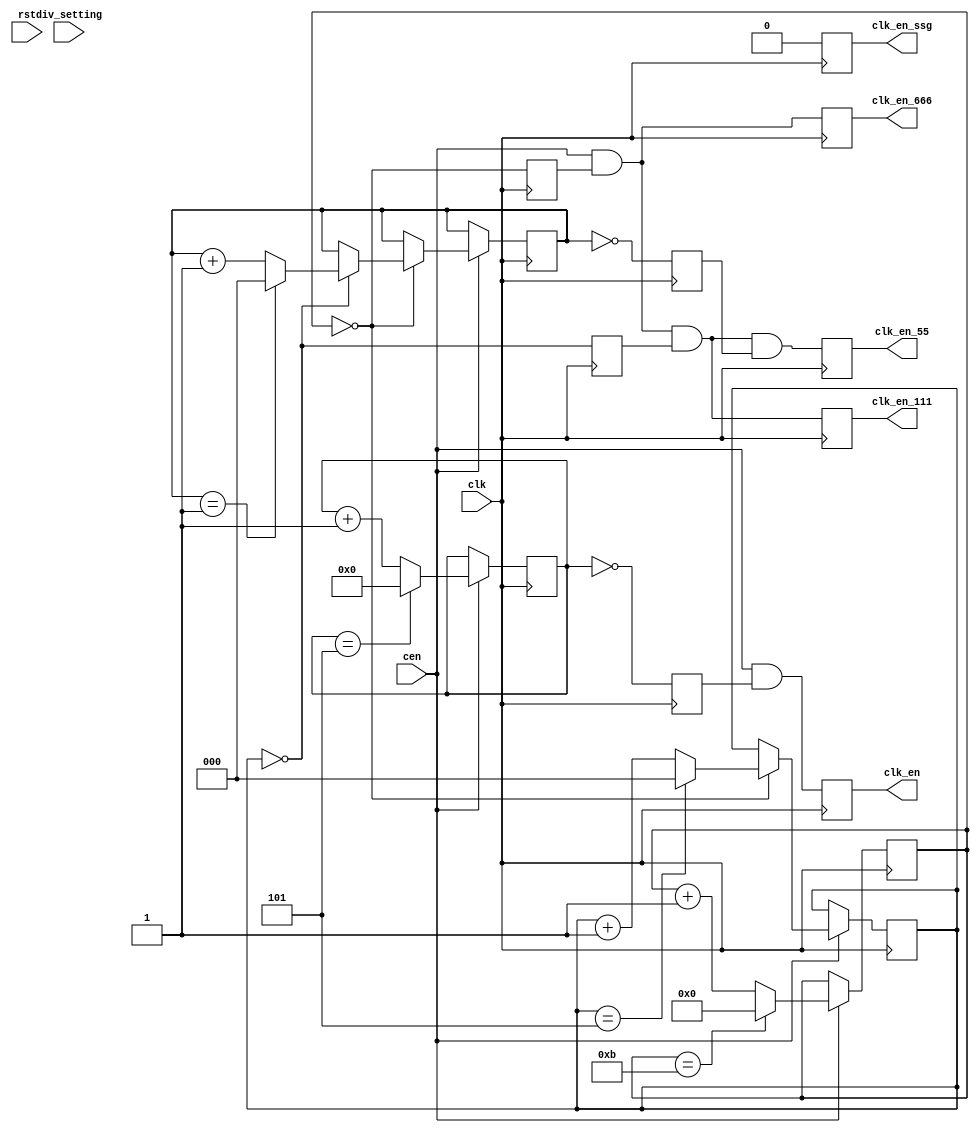
module jt12_div(
    input           rst,
    input           clk,
    input           cen,
    input   [1:0]   div_setting,
    output  reg     clk_en,
    output  reg     clk_en_ssg,
    output  reg     clk_en_666,  // 666 kHz
    output  reg     clk_en_111,  // 111
    output  reg     clk_en_55         //  55
);

parameter use_ssg=0, num_ch=6;

reg [3:0] opn_pres, opn_cnt=4'd0;
reg [2:0] ssg_pres, ssg_cnt=3'd0;
reg [4:0] adpcm_cnt666  = 5'd0;
reg [2:0] adpcm_cnt111 = 3'd0, adpcm_cnt55=3'd0;
reg cen_int, cen_ssg_int, cen_adpcm_int, cen_adpcm3_int;

always @(*)
    if( num_ch==6 ) begin
        opn_pres = 4'd5;
        ssg_pres = 3'd3; // unused, really
    end
    else
    casez( div_setting )
        2'b0?: { opn_pres, ssg_pres } = { 4'd2-4'd1, 3'd0 }; // 2
        2'b10: { opn_pres, ssg_pres } = { 4'd6-4'd1, 3'd3 }; // 6 - Default for YM2608
        2'b11: { opn_pres, ssg_pres } = { 4'd3-4'd1, 3'd1 }; // 3 - Default for YM2203
    endcase // div_setting

`ifdef SIMULATION
initial clk_en_666 = 1'b0;
`endif

reg cen_55_int;

always @(negedge clk) begin
    cen_int        <= opn_cnt    == 4'd0;
    cen_ssg_int    <= ssg_cnt    == 3'd0;
    cen_adpcm_int  <= adpcm_cnt666  == 5'd0;
    cen_adpcm3_int <= adpcm_cnt111 == 3'd0;
    cen_55_int     <= adpcm_cnt55== 3'd0;
    `ifdef FASTDIV
    // always enabled for fast sims (use with GYM output, timer will not work well)
    clk_en <= 1'b1;
    clk_en_ssg <= 1'b1;
    clk_en_666 <= 1'b1;
    clk_en_55    <= 1'b1;
    `else
    clk_en     <= cen & cen_int;   
    clk_en_ssg <= use_ssg ? (cen & cen_ssg_int) : 1'b0;
    clk_en_666 <= cen & cen_adpcm_int; 
    clk_en_111 <= cen & cen_adpcm_int & cen_adpcm3_int; 
    clk_en_55  <= cen & cen_adpcm_int & cen_adpcm3_int & cen_55_int;
    `endif
end


// OPN
always @(posedge clk)
    if( cen ) begin
        if( opn_cnt == opn_pres ) begin
            opn_cnt <= 4'd0;  
        end
        else opn_cnt <= opn_cnt + 4'd1;
    end

// SSG
always @(posedge clk)
    if( cen ) begin
        if( ssg_cnt == ssg_pres ) begin
            ssg_cnt <= 3'd0;            
        end
        else ssg_cnt <= ssg_cnt + 3'd1;
    end

// ADPCM-A
always @(posedge clk)
    if( cen ) begin
        adpcm_cnt666 <= adpcm_cnt666==5'd11 ? 5'd0 : adpcm_cnt666 + 5'd1;
        if( adpcm_cnt666==5'd0 ) begin
            adpcm_cnt111 <= adpcm_cnt111==3'd5 ? 3'd0 : adpcm_cnt111+3'd1;
            if( adpcm_cnt111==3'd0)
                adpcm_cnt55 <= adpcm_cnt55==3'd1 ? 3'd0: adpcm_cnt55+3'd1;
        end
    end

endmodule